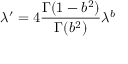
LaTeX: \lambda ^ { \prime } = 4 { \frac { \Gamma ( 1 - b ^ { 2 } ) } { \Gamma ( b ^ { 2 } ) } } \lambda ^ { b }